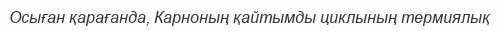
Осыған қарағанда, Карноның қайтымды циклының термиялық